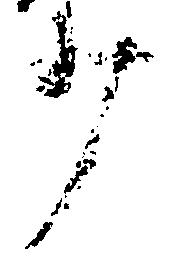
少